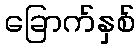
ခြောက်နှစ်